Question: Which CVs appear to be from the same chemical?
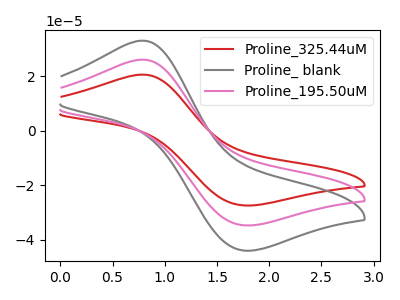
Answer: <think>The red curve "Proline_325.44uM" has an anodic peak at (0.80V, 52.10uA) and a cathodic peak at (1.75V, -69.30uA). The gray curve "Proline_ blank" has an anodic peak at (0.80V, 33.00uA) and a cathodic peak at (1.75V, -43.90uA). The pink curve "Proline_195.50uM" has an anodic peak at (0.80V, 26.05uA) and a cathodic peak at (1.75V, -34.65uA).
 All the peaks in "Proline_325.44uM" have a peak in "Proline_ blank" at the same potential. Every peak in "Proline_325.44uM" is higher than every peak in "Proline_ blank". All the peaks in "Proline_325.44uM" have a peak in "Proline_195.50uM" at the same potential. Every peak in "Proline_325.44uM" is higher than every peak in "Proline_195.50uM". All the peaks in "Proline_ blank" have a peak in "Proline_195.50uM" at the same potential. Every peak in "Proline_ blank" is higher than every peak in "Proline_195.50uM".</think>
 <answer>"Proline_ blank", "Proline_325.44uM" and "Proline_195.50uM" have the same shape and are likely CV's of the same chemical.</answer>
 <eval>"Proline_ blank" "Proline_325.44uM" "Proline_195.50uM"</eval>